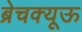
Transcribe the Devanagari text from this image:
ब्रेचक्यूऊ